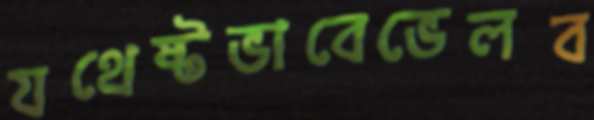
যথেষ্টভাবেভেলব